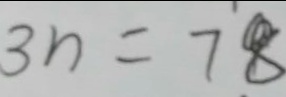
3 n = 7 8